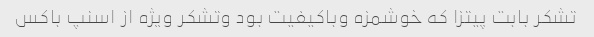
تشکر بابت پیتزا که خوشمزه وباکیفیت بود وتشکر ویژه از اسنپ باکس